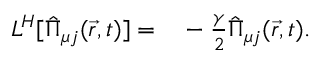
\begin{array} { r l } { L ^ { H } [ \hat { \Pi } _ { \mu j } ( \vec { r } , t ) ] = } & { { } - \frac { \gamma } { 2 } \hat { \Pi } _ { \mu j } ( \vec { r } , t ) . } \end{array}